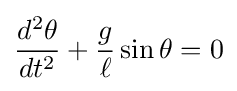
{\frac {d^{2}\theta }{dt^{2}}}+{\frac {g}{\ell }}\sin \theta =0